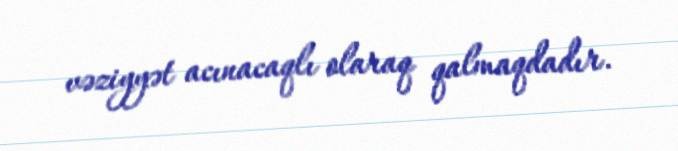
vəziyyət acınacaqlı olaraq qalmaqdadır.